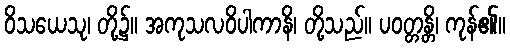
ဝိသယေသု၊ တို့၌။ အကုသလဝိပါကာနိ၊ တို့သည်။ ပဝတ္တန္တိ၊ ကုန်၏။